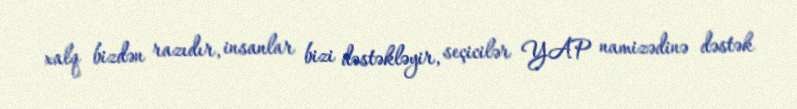
xalq bizdən razıdır, insanlar bizi dəstəkləyir, seçicilər YAP namizədinə dəstək